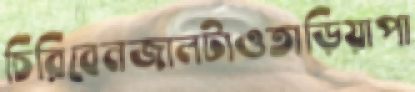
চিরিবেনজালটাওতাড়িয়াপা